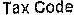
TAX CODE